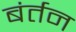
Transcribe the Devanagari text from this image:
बंर्तन